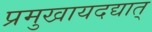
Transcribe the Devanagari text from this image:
प्रमुखायदद्यात्